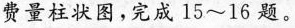
费量柱状图，完成15~16题。